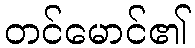
တင်မောင်၏